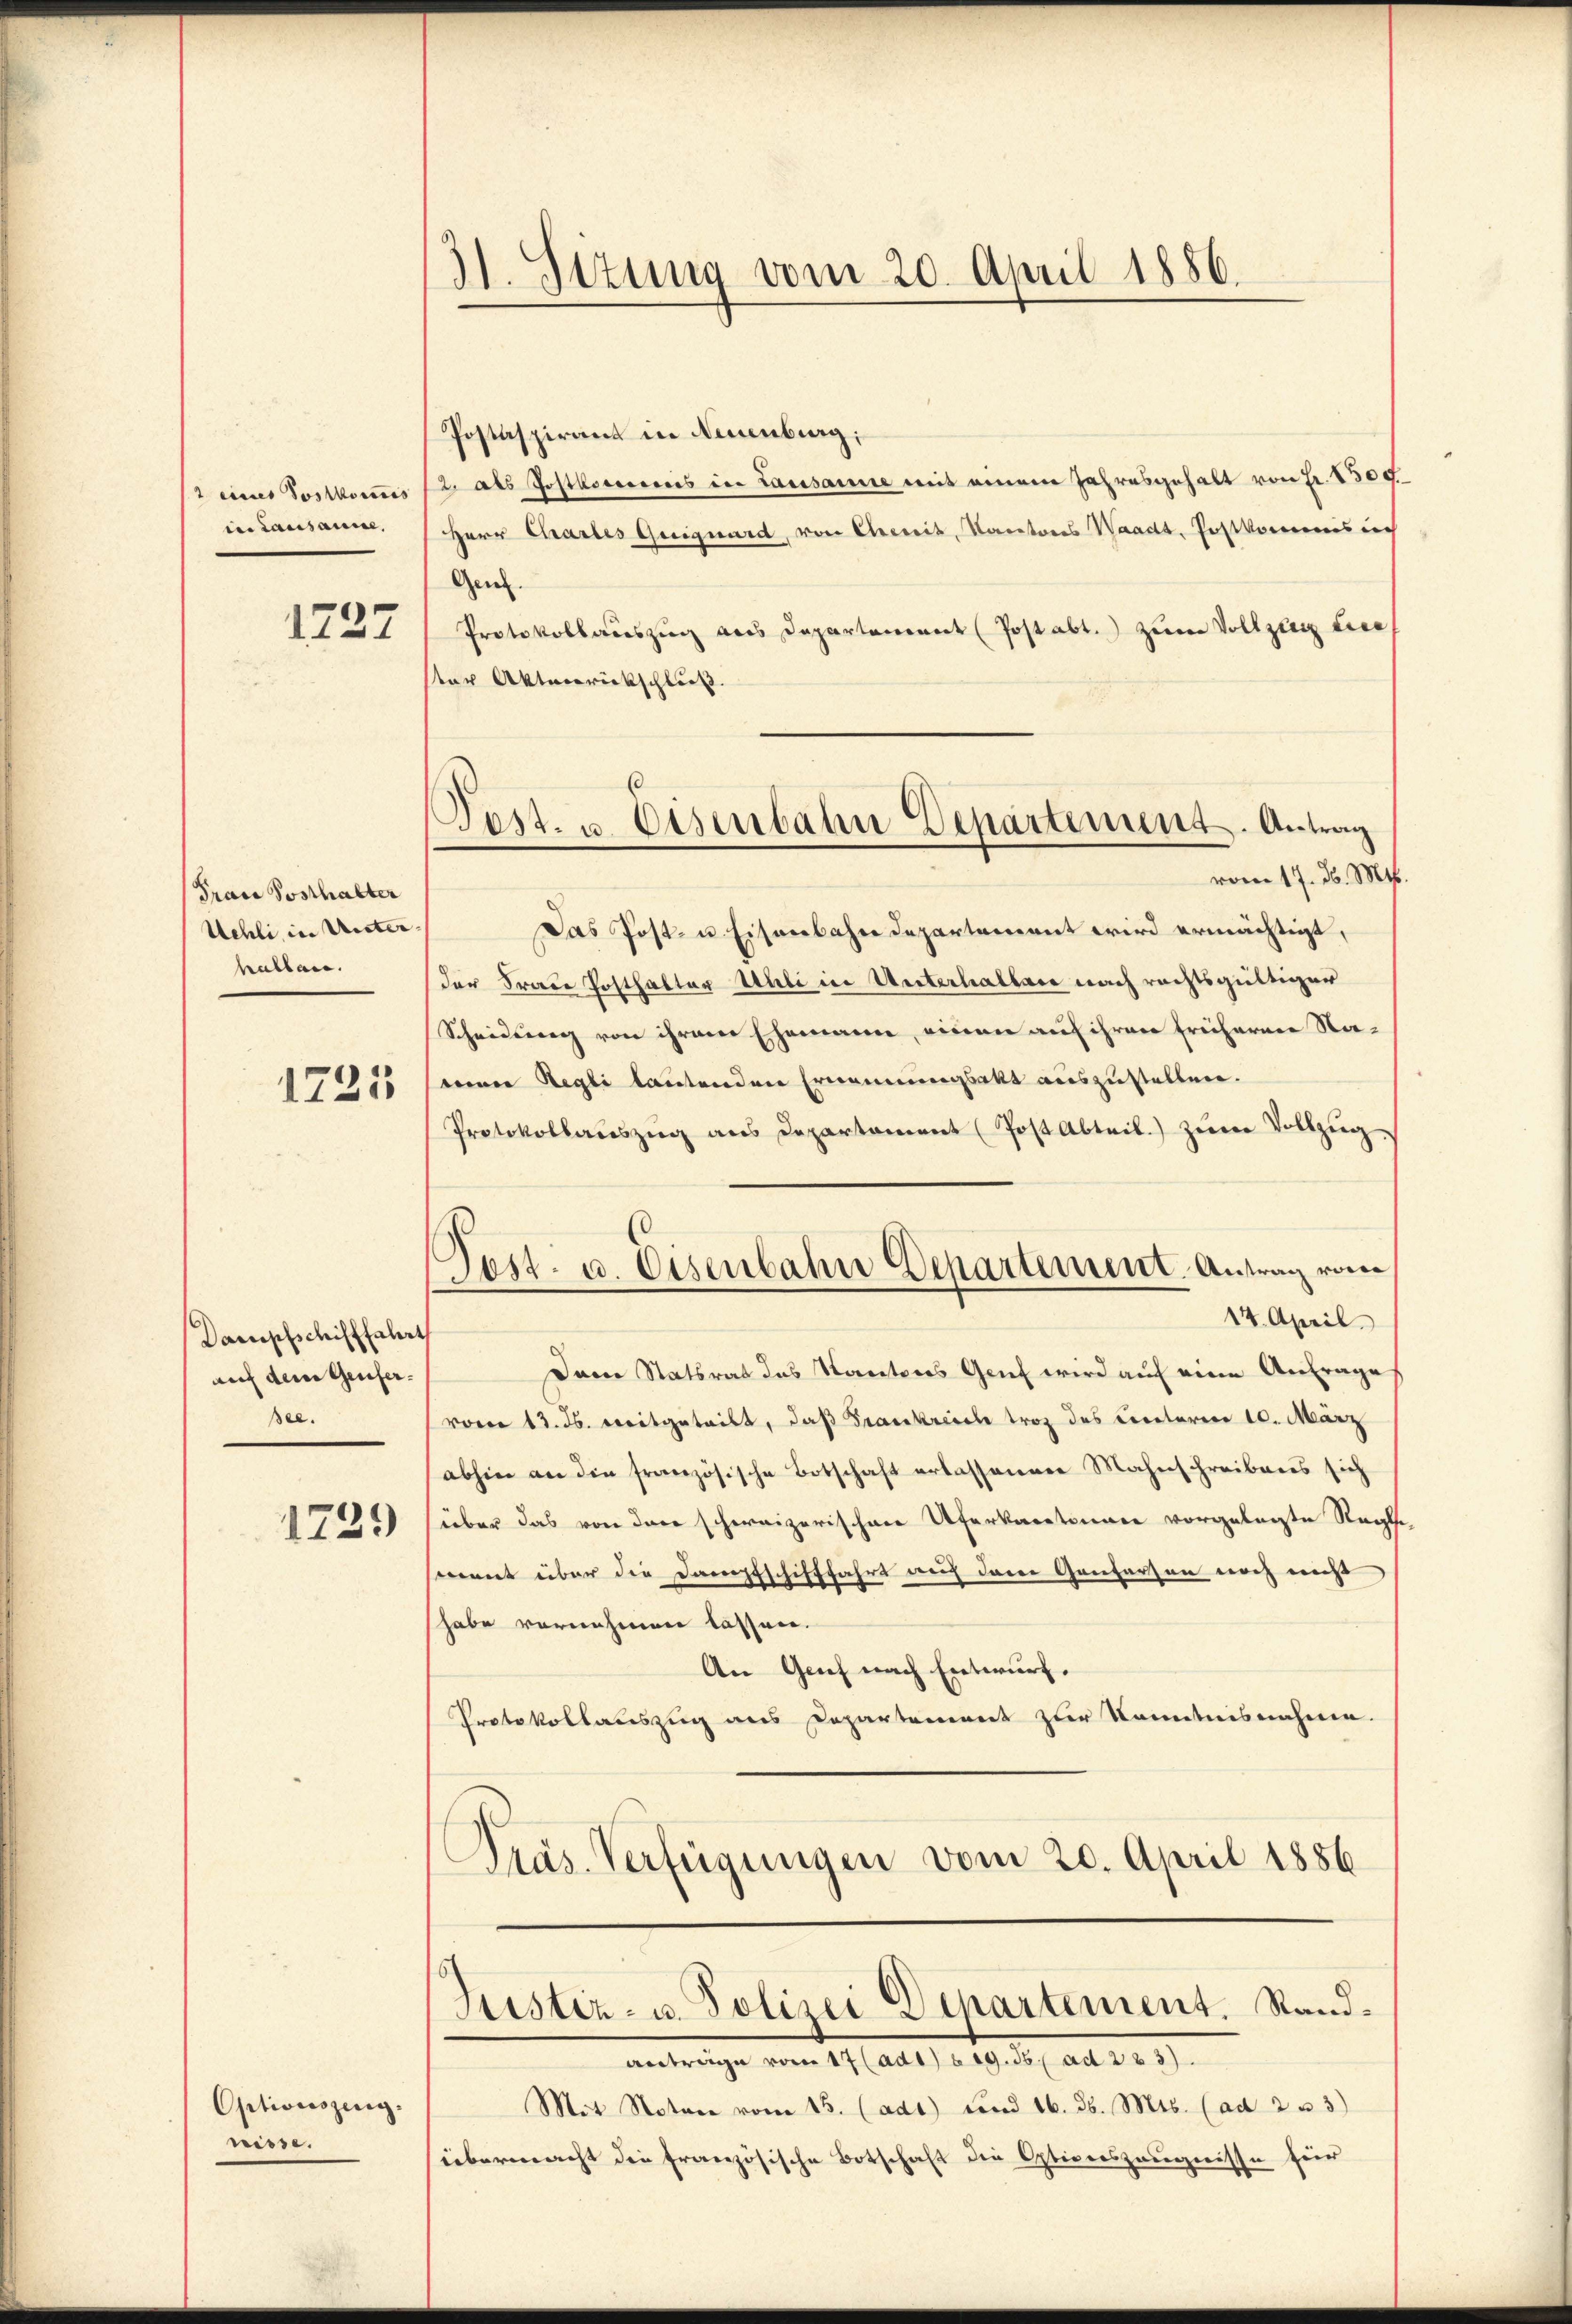
2 eines Posthoris
in Lausauise,
1727

Trace Posthalter
Uehli, in Unter-
halbane.

1721

Dampfschifffahrt
auf dem Genfersee.

1739

Optionszeug.
wisse.

H. Situng vom 20. April 1886.

Postaspirant in Neuenburg;
2. als Postkorrerenis in Lasssame mit einem Jahresgehalt von Fr. 1300
Herr Chartes Guiguard, von Cheit, Kantons Waadt, Postkommis ich
Gen.
Protokollauszug aus Departement (Post abt.) zum Vollzug eine
ster Aktenrickschließ.
vom 17. d. Mts.
Das Post- u. Eisenbahndepartement wird ermächtigt,
der Fraue Posthalter Uhli in Unterhalten nach rechtsgültiger
Scheidung von ihrem Ehemann, einen auf ihren früheren Namon Regli lautenden Ernennungsakt auszustellen.
Protokollaŭszŭg ans Departament (Post Abteil) zŭm Vollzŭg.
14. April.
Dem Statsrat das Kantons Genf wird auf eine Anfrage
vom 13. ds. weitgeteilt, daß Frankreich trag des Circtoren 10. März
abhin an die französische Botschaft erlassenen Mahnschreibens sich
über das von dere schweizerischen Uferkantonen vorgelegte Regle
wernt über die Dampfschifffahrt auch derer Genferson noch nicht
habe vornehmen lassen.
An Genf nach Entwurf.
Protokollauszug aus Departement zur Kenntnisnahme.
E
Präs. Verfügungen vom 20. April 1886
Justiz- u. Polizei Departement. Stand¬
Mart. 119. 19, ad 119.
Mit Notare vom 15. (adt) und 16. d. Mts. (ad 2 u 3)
übermacht die französische Botschaft die Optionszeugnisse für

6
Post- u. Eisenbahn Departiment. Antrag

Tett. u. Eisenbahn Departement. Antrag vom